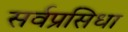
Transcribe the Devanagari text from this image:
सर्वप्रसिधा